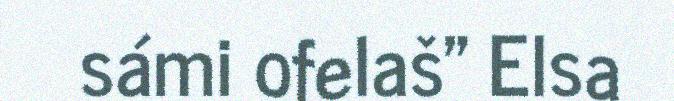
sámi ofelaš" Elsa